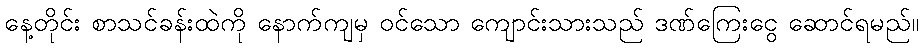
နေ့တိုင်း စာသင်ခန်းထဲကို နောက်ကျမှ ဝင်သော ကျောင်းသားသည် ဒဏ်ကြေးငွေ ဆောင်ရမည်။